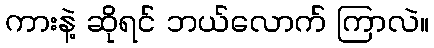
ကားနဲ့ ဆိုရင် ဘယ်လောက် ကြာလဲ။